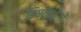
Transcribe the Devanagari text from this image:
विषयभोगों